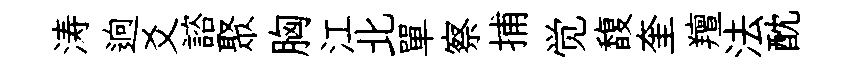
涛逈爻諮聚胸江北單察捕觉馥奎羶法酖